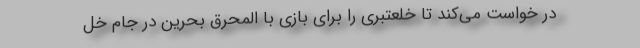
در خواست می‌کند تا خلعتبری را برای بازی با المحرق بحرین در جام خل